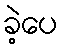
ခဲ့ပေ